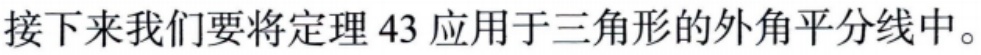
接下来我们要将定理 43 应用于三角形的外角平分线中。